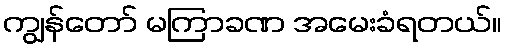
ကျွန်တော် မကြာခဏ အမေးခံရတယ်။